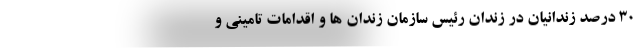
۳۰ درصد زندانیان در زندان رئیس سازمان زندان ها و اقدامات تامینی و